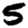
Digit: 5